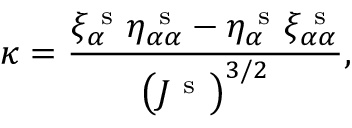
\kappa = \frac { \xi _ { \alpha } ^ { \mathrm { ~ s ~ } } \eta _ { \alpha \alpha } ^ { \mathrm { ~ s ~ } } - \eta _ { \alpha } ^ { \mathrm { ~ s ~ } } \xi _ { \alpha \alpha } ^ { \mathrm { ~ s ~ } } } { \big ( J ^ { \mathrm { ~ s ~ } } \big ) ^ { 3 / 2 } } ,